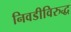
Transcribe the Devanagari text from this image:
निवडीविरुद्ध